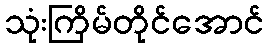
သုံးကြိမ်တိုင်အောင်